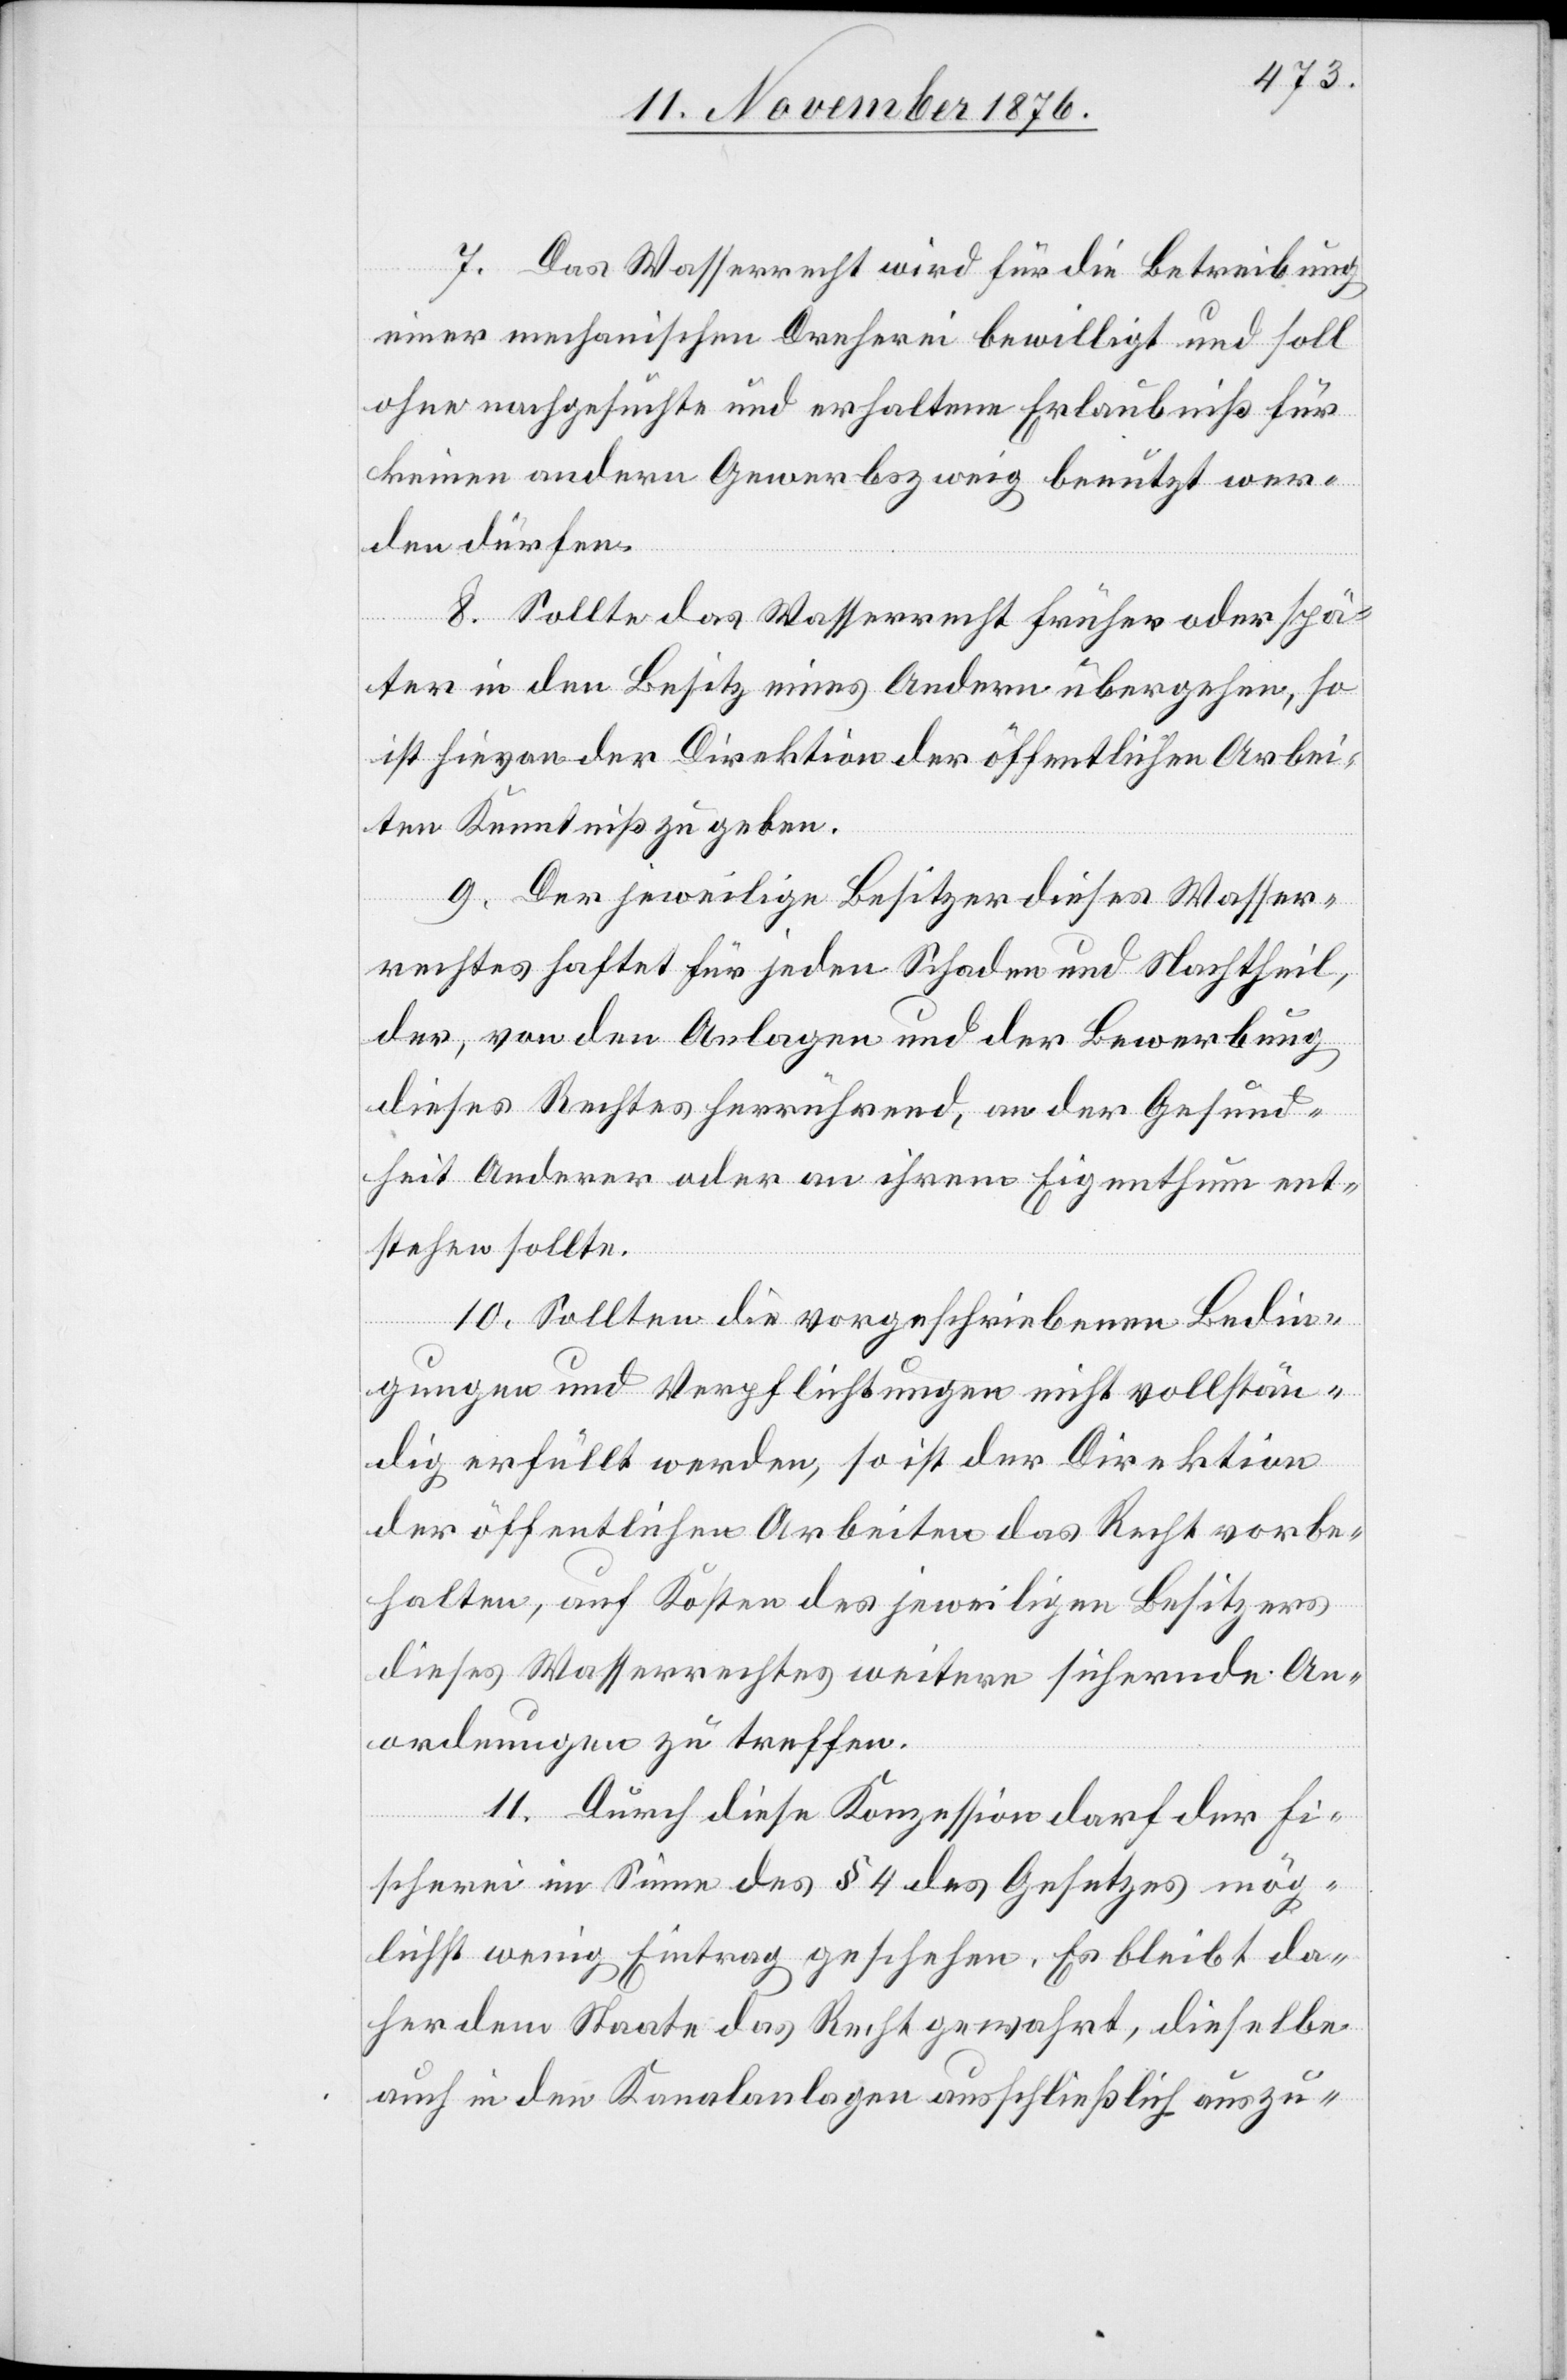
7. Das Wasserrecht wird für die Betreibung
einer mechanischen Dreherei bewilligt und soll
ohne nachgesuchte und erhaltene Erlaubniß für
keinen andern Gewerbszweig benutzt wer¬
den dürfen.
8. Sollte das Wasserrecht früher oder spä¬
ter in den Besitz eines Andern übergehen, so
ist hievon der Direktion der öffentlichen Arbei¬
ten Kenntniß zu geben.
9. Der jeweilige Besitzer dieses Wasser¬
rechtes haftet für jeden Schaden und Nachtheil,
der von den Anlagen und der Bewerbung
dieses Rechtes herrührend, an der Gesund¬
heit Anderer oder an ihrem Eigenthum ent¬
stehen sollte.
10. Sollten die vorgeschriebenen Bedin¬
gungen und Verpflichtungen nicht vollstän¬
dig erfüllt werden, so ist der Direktion
der öffentlichen Arbeiten das Recht vorbe¬
halten, auf Kosten des jeweiligen Besitzers
dieses Wasserrechtes weitere sichernde An¬
ordnungen zu treffen.
11. Durch diese Konzession darf der Fi¬
scherei im Sinne des § 4 des Gesetzes mög¬
lichst wenig Eintrag geschehen. Es bleibt da¬
her dem Staate das Recht gewahrt, dieselbe
auch in den Kanalanlagen ausschließlich auszu-